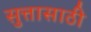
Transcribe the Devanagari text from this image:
सुत्तासाठी